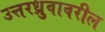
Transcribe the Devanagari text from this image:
उत्तरध्रुवावरील